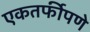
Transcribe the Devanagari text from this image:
एकतर्फीपणे